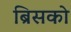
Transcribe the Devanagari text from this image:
ब्रिसको